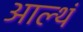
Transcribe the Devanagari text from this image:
आल्थं